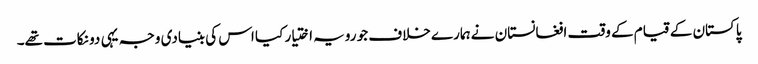
پاکستان کے قیام کے وقت افغانستان نے ہمارے خلاف جو رویہ اختیار کیا اس کی بنیادی وجہ یہی دو نکات تھے۔